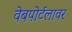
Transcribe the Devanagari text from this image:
वेबपोर्टलावर